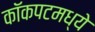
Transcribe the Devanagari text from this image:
कॉकपटमध्ये